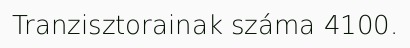
Tranzisztorainak száma 4100.